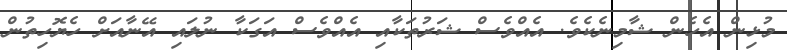
މުޅިން އެހެން ޝާމިނެކެވެ. އެއްވެސް ޝަރުތަކާއި އެއްވެސް އަގަކާ ނުލައި އޭނާއަށް ހެޔޮހިތުން